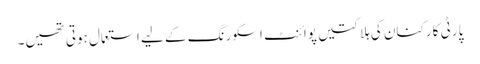
پارٹی کارکنان کی ہلاکتیں پوائنٹ اسکورنگ کے لیے استعمال ہوتی تھیں۔